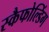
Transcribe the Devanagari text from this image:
स्कैफोल्डिंग